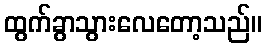
ထွက်ခွာသွားလေတော့သည်။